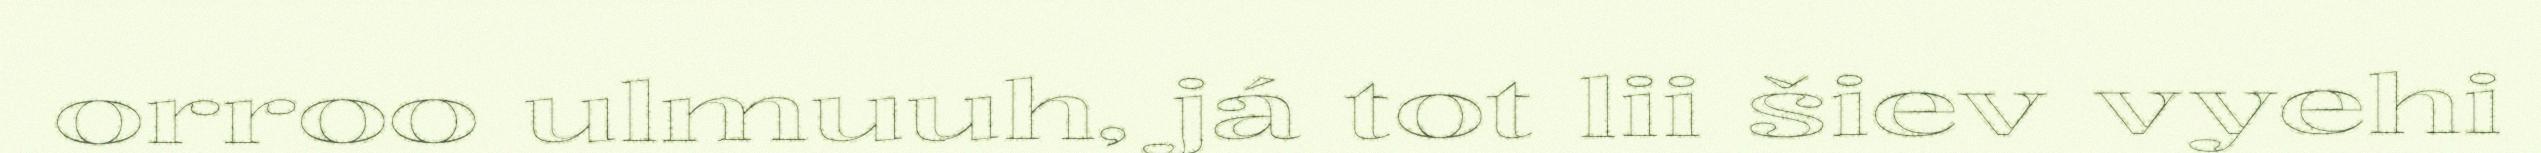
orroo ulmuuh, já tot lii šiev vyehi